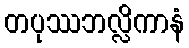
တပုဿဘလ္လိကာနံ